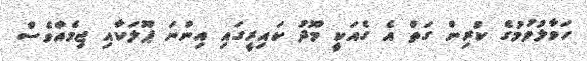
ހަވާލުވުމުގެ ކުރިން ގަތް އެ ގެއަކީ މޫދު ކައިރީގައި އިންނަ ޕޫލަކާއި ޖިމެއްވެސް